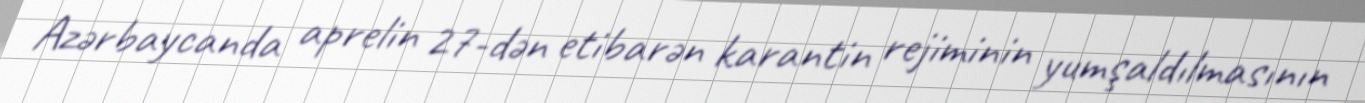
Azərbaycanda aprelin 27-dən etibarən karantin rejiminin yumşaldılmasının